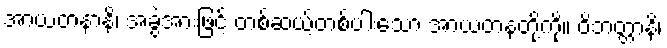
အာယတနာနိ၊ အခွဲအားဖြင့် တစ်ဆယ့်တစ်ပါးသော အာယတနတို့ကို။ ဝိဘတ္တာနိ၊